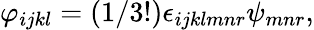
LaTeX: \varphi_{ijkl}=(1/3!)\epsilon_{ijklmnr}\psi_{mnr},